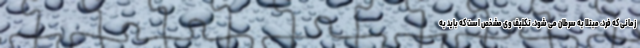
زمانی که فرد، مبتلا به سرطان می شود، تکلیف وی مشخص است که باید به